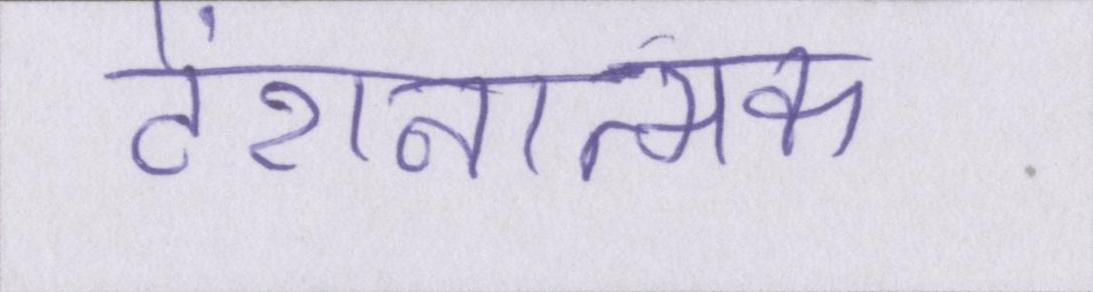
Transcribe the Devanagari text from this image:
टेंशनात्मक